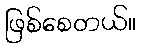
ဖြစ်စေတယ်။